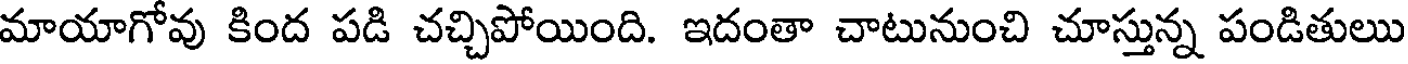
మాయాగోవు కింద పడి చచ్చిపోయింది. ఇదంతా చాటునుంచి చూస్తున్న పండితులు